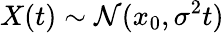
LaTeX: X(t)\sim\mathcal{N}(x_{0},\sigma^{2}t)